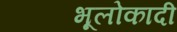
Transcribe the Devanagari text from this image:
भूलोकादी